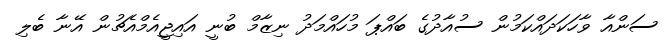
ސަންއާ ވާހަކަދައްކަމުން ސުއާދުގެ ބައްޕަ މުހައްމަދު ނިޒާމް ބުނީ އައިޖީއެމްއެޗުން އޭނާ ބެލި